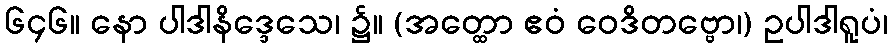
၆၄၆။ နော ပါဒါနိဒ္ဒေသေ၊ ၌။ (အတ္ထော ဧဝံ ဝေဒိတဗ္ဗော၊) ဥပါဒါရူပံ၊